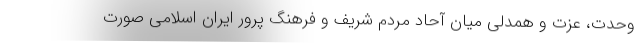
وحدت، عزت و همدلی میان آحاد مردم شریف و فرهنگ پرور ایران اسلامی صورت